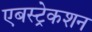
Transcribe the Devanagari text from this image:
एबस्ट्रेकशन